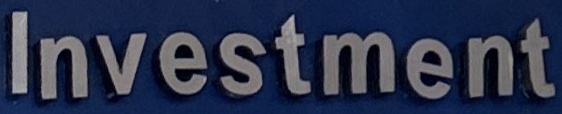
Investment